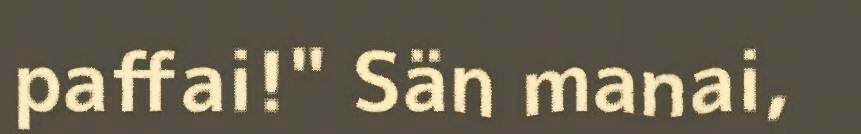
paffai!" Sän manai,